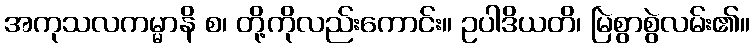
အကုသလကမ္မာနိ စ၊ တို့ကိုလည်းကောင်း။ ဥပါဒိယတိ၊ မြဲစွာစွဲလမ်း၏။